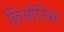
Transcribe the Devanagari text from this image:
लिओनिस